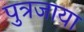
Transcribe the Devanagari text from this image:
पुत्रजाया